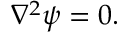
\begin{array} { r } { \nabla ^ { 2 } \psi = 0 . } \end{array}